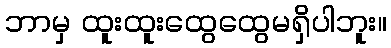
ဘာမှ ထူးထူးထွေထွေမရှိပါဘူး။